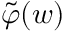
\tilde { \varphi } ( w )